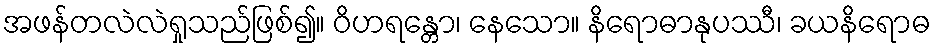
အဖန်တလဲလဲရှုသည်ဖြစ်၍။ ဝိဟရန္တော၊ နေသော။ နိရောဓာနုပဿီ၊ ခယနိရောဓ